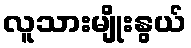
လူသားမျိုးနွယ်